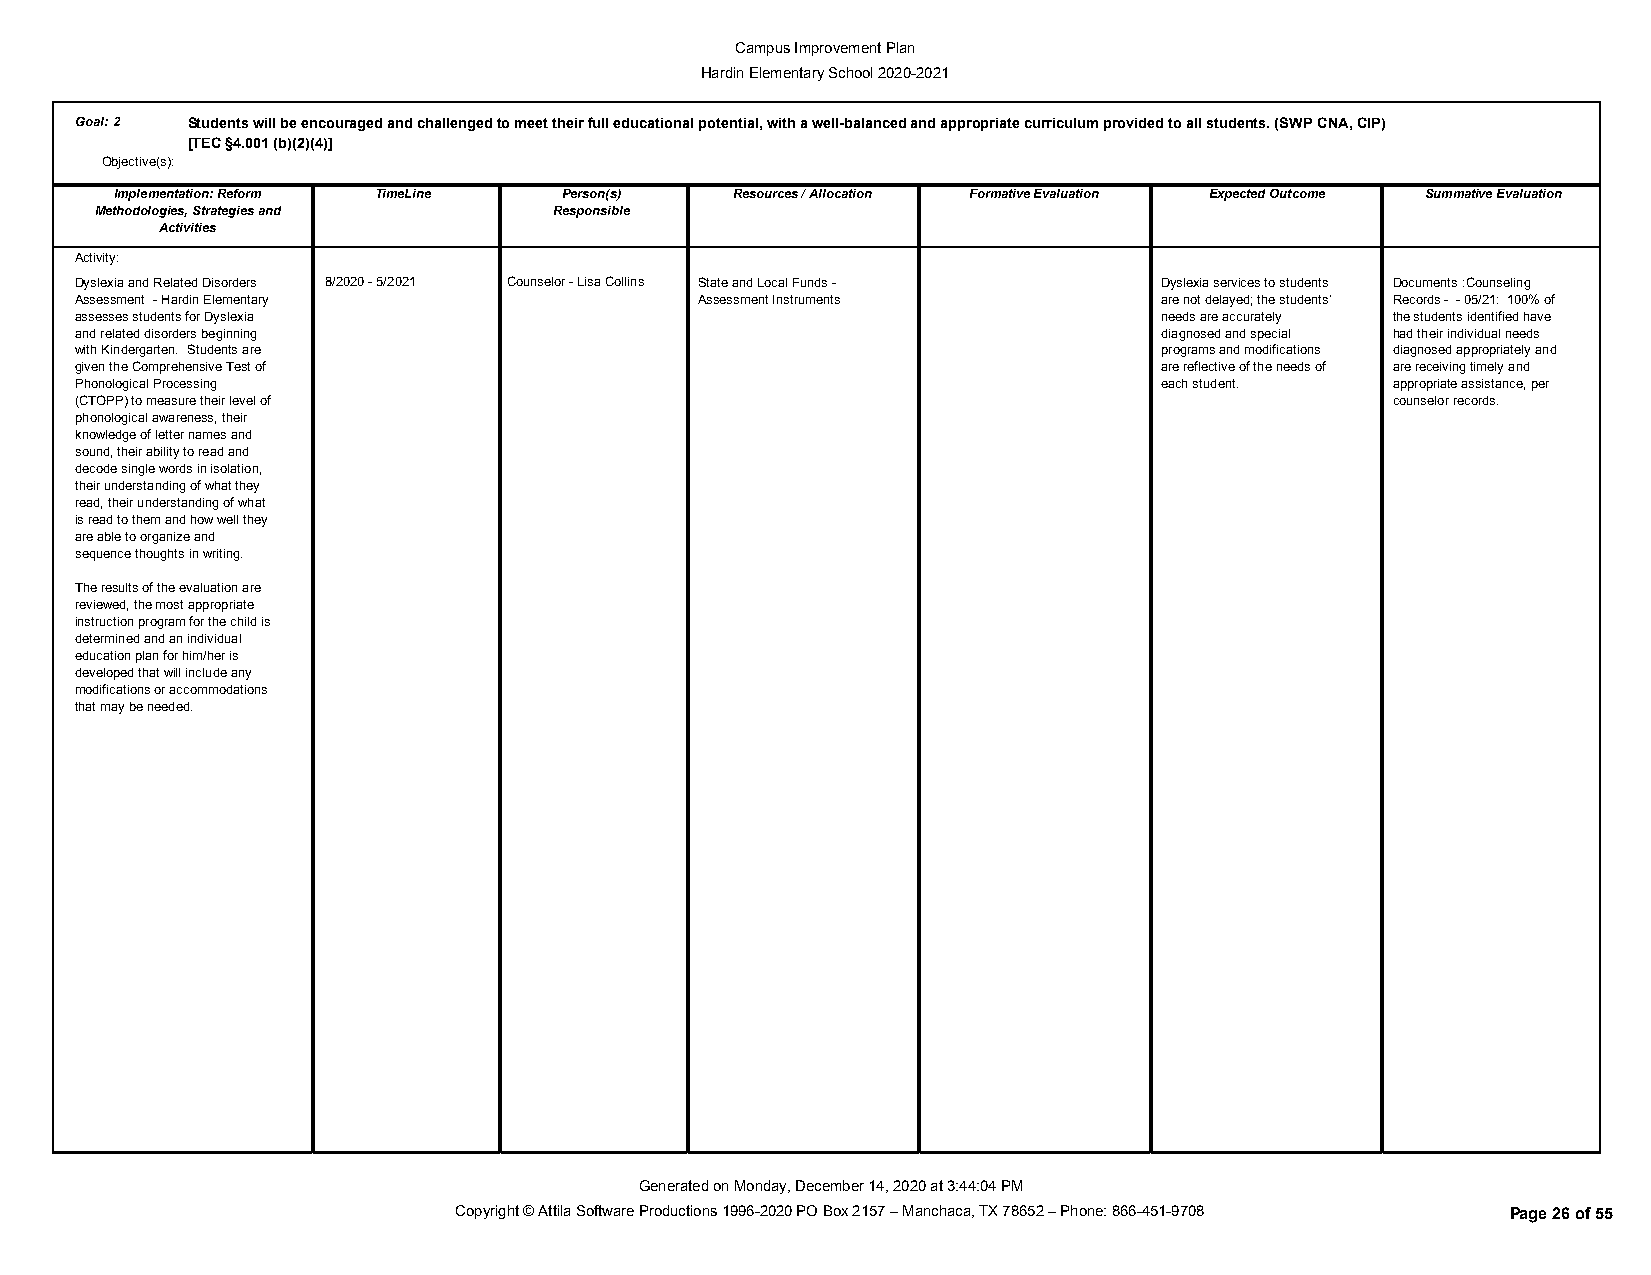
Campus Improvement Plan
 Hardin Elementary School 2020-2021
 Goal:2 Students will be encouraged and challenged to meet their full educational potential, with a well-balanced and appropriate curriculum provided to all students. (SWP CNA, CIP)
 [TEC §4.001 (b)(2)(4)]
 Objective(s):
 Implementation: Reform TimeLine Person(s) Resources / Allocation Formative Evaluation Expected Outcome Summative Evaluation
 Methodologies, Strategies and  Responsible
 Activities
 Activity:
 Dyslexia and Related Disorders 8/2020 - 5/2021 Counselor - Lisa Collins State and Local Funds - Dyslexia services to students Documents :Counseling
 Assessment - Hardin Elementary           Assessment Instruments         are not delayed; the students’ Records - - 05/21: 100% of
 assesses students for Dyslexia                                          needs are accurately the students identified have
 and related disorders beginning                                         diagnosed and special had their individual needs
 with Kindergarten. Students are                                         programs and modifications diagnosed appropriately and
 given the Comprehensive Test of                                         are reflective of the needs of are receiving timely and
 Phonological Processing                                                 each student.  appropriate assistance, per
 (CTOPP) to measure their level of                                                      counselor records.
 phonological awareness, their
 knowledge of letter names and
 sound, their ability to read and
 decode single words in isolation,
 their understanding of what they
 read, their understanding of what
 is read to them and how well they
 are able to organize and
 sequence thoughts in writing.
 The results of the evaluation are
 reviewed, the most appropriate
 instruction program for the child is
 determined and an individual
 education plan for him/her is
 developed that will include any
 modifications or accommodations
 that may be needed.
 Generated on Monday, December 14, 2020 at 3:44:04 PM
 Copyright © Attila Software Productions 1996-2020 PO Box 2157 – Manchaca, TX 78652 – Phone: 866-451-9708 Page 26 of 55